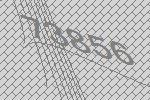
73856